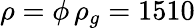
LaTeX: \rho=\phi\, \rho_{g}=1510